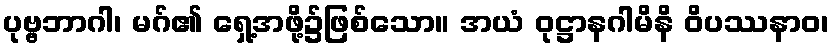
ပုဗ္ဗဘာဂါ၊ မဂ်၏ ရှေ့အဖို့၌ဖြစ်သော။ အယံ ဝုဋ္ဌာနဂါမိနိ ဝိပဿနာဝ၊